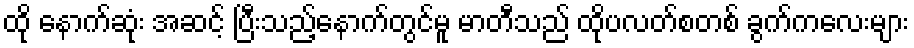
ထို နောက်ဆုံး အဆင့် ပြီးသည့်နောက်တွင်မူ မာတီသည် ထိုပလတ်စတစ် ခွက်ကလေးများ